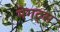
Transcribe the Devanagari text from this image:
मेगट्स